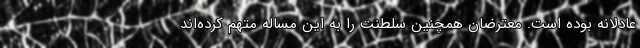
عادلانه بوده است. معترضان همچنین سلطنت را به این مساله متهم کرده‌اند